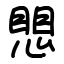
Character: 愳